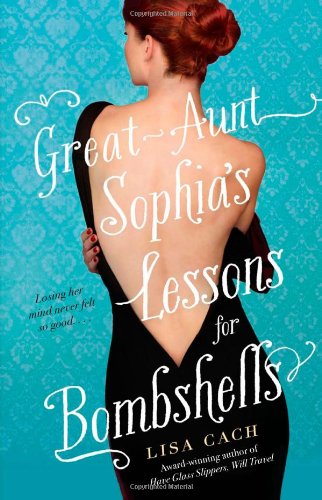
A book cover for Great-Aunt Sophia's Lessons for Bombshells; Lisa Cach; Romance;